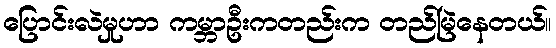
ပြောင်းလဲမှုဟာ ကမ္ဘာဦးကတည်းက တည်မြဲနေတယ်။